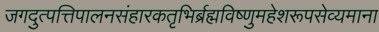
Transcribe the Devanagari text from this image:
जगदुत्पत्तिपालनसंहारकतृभिर्ब्रह्मविष्णुमहेशरूपसेव्यमाना